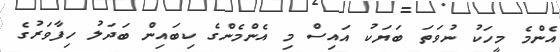
އެންމެ މީހަކު ނުވަތަ ބަޔަކު އައިސް މި އެންމެންގެ ކިބައިން ބަދަލު ހިފާވަރުގެ